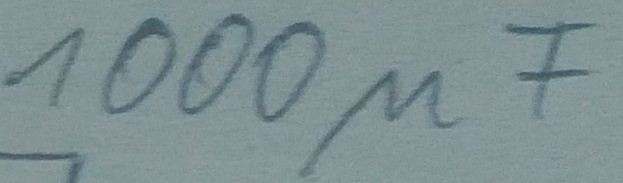
Text: 1000µF